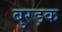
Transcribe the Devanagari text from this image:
बुरड़क